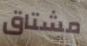
مشتاق